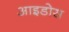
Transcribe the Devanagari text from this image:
आइडोस